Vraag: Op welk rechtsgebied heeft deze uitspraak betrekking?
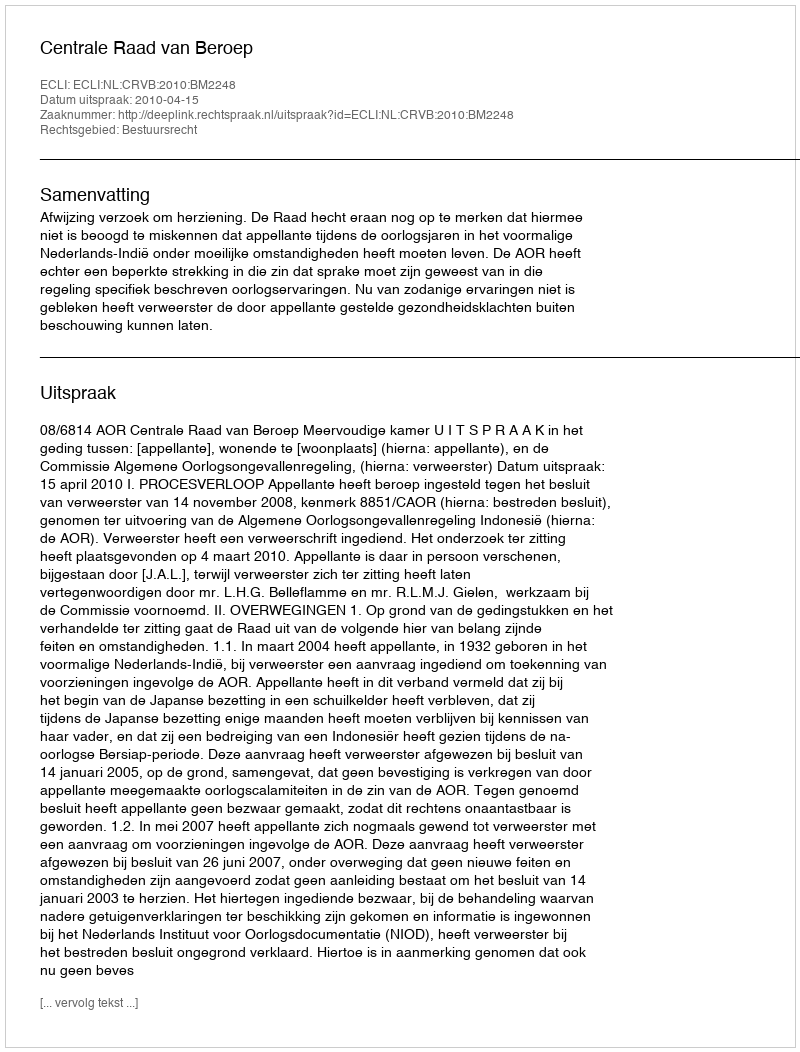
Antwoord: Bestuursrecht